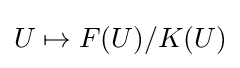
U\mapsto F(U)/K(U)